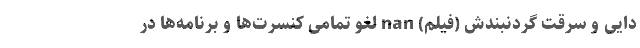
دایی و سرقت گردنبندش (فیلم) nan لغو تمامی کنسرت‌ها و برنامه‌ها در